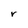
Character: r